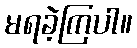
မရခဲ့ကြပါ။